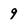
Character: 9